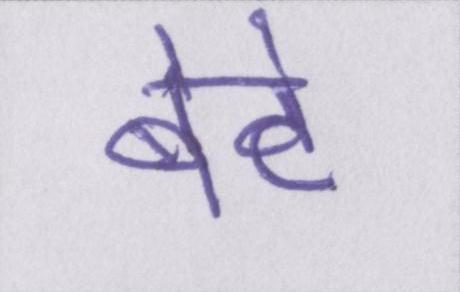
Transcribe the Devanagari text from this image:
बेटे